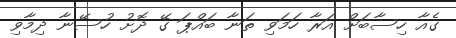
ގެއާ ހިސާބަށް އަރާ ހަމަވި ތަނާ ބައްޕަ ގޭ ދޮށު ހުސޭނާ ދިމާވި